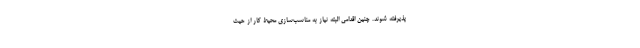
پذیرفته شوند. چنین اقدامی البته نیاز به مناسب‌سازی محیط کار از حیث